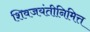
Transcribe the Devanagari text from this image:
शिवजयंतीनिमित्त